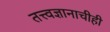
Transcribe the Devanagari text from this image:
तत्त्वज्ञानाचीही